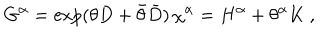
G ^ { \alpha } = \exp ( \theta D + \bar { \theta } \bar { D } ) \, \chi ^ { \alpha } = H ^ { \alpha } + \theta ^ { \alpha } K \ ,